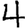
Digit: 4